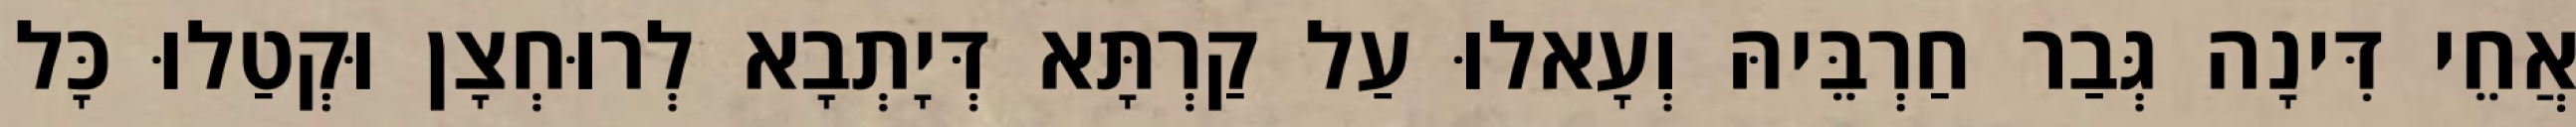
אֲחֵי דִּינָה גְּבַר חַרְבֵּיהּ וְעָאלוּ עַל קַרְתָּא דְּיָתְבָא לְרוּחְצָן וּקְטַלוּ כָּל